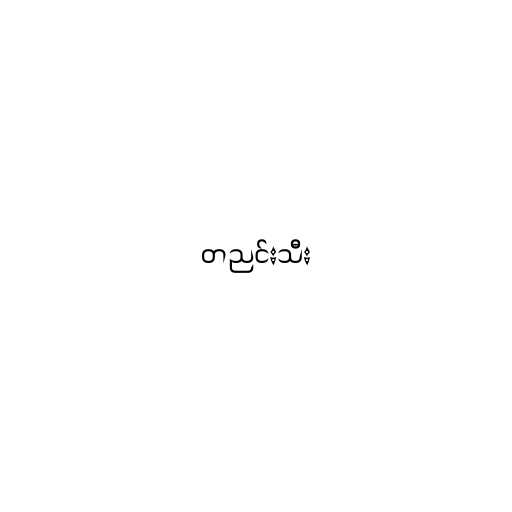
တညင်းသီး